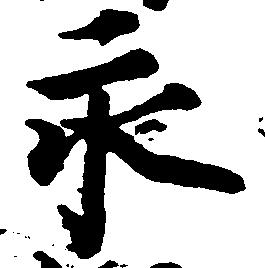
永